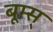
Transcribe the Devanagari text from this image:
बूम्स्